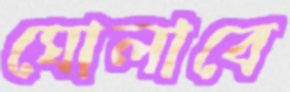
ঘোলাবে